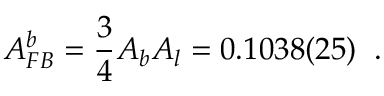
A _ { F B } ^ { b } = \frac { 3 } { 4 } A _ { b } A _ { l } = 0 . 1 0 3 8 ( 2 5 ) \; \; .